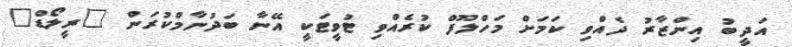
އަދީބު އިންޒާރު ދެއްވި ކަމަށް މަހްލޫފް ކުރެއްވި ޓުވީޓަކީ އޭނާ ބަދުނާމްކުރަން "ރީލޯޑް"